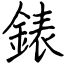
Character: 錶